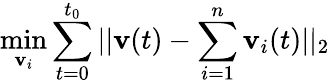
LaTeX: \operatorname*{min}_{\textbf{v}_{i}}\sum_{t=0}^{t_{0}}||\textbf{v}(t)-\sum_{i=1}^{n}{\textbf{v}_{i}(t)}||_{2}